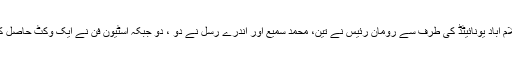
اسلام آباد یونائیٹڈ کی طرف سے رومان رئیس نے تین، محمد سمیع اور آندرے رسل نے دو ، دو جبکہ اسٹیون فن نے ایک وکٹ حاصل کی۔